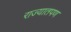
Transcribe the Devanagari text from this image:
राज्यातपण